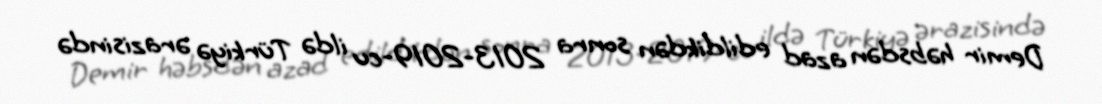
Demir həbsdən azad edildikdən sonra 2013-2019-cu ildə Türkiyə ərazisində